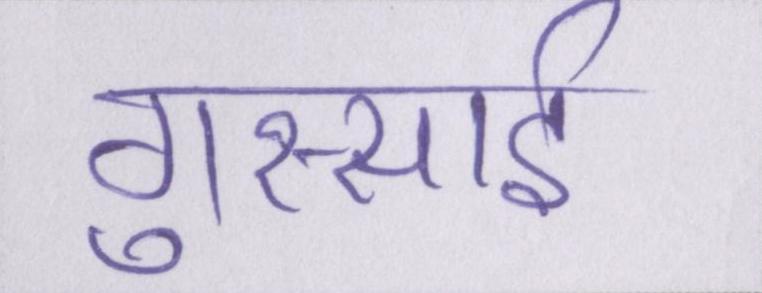
गुस्साई